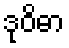
ဒုဝိဓာ